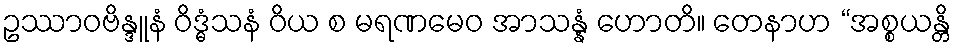
ဥဿာဝဗိန္ဒူနံ ဝိဒ္ဓံသနံ ဝိယ စ မရဏမေဝ အာသန္နံ ဟောတိ။ တေနာဟ “အစ္စယန္တိ